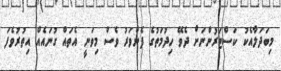
މިބަދަލާއެކު ކަސްޓަރުންނަށް ދެވޭ ހިދުމަތުގެ ފެންވަރު ވެސް މިވަނީ އެތައް ގުނައެއް އިތުރުވެފަ